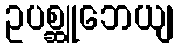
ဥပစ္ဆူဘေယျ